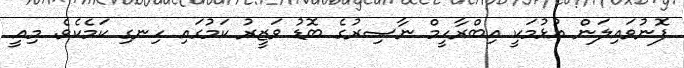
ފޮނުވައިލަން އުޅުމަކީ އިބްރާހީމް ނާޞިރުގެ ބޮޑު ވަޒީރު ކަމުގައި ހިނގި ކަމެކެވެ. މިއީ